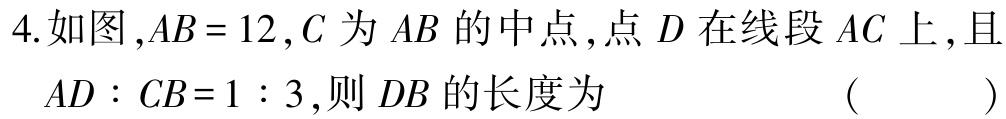
4.如图 ,$AB = 12$,$C$ 为 $AB$ 的中点 ,点 $D$ 在线段 $AC$ 上 ,且

$AD:CB = 1:3$,则 $DB$ 的长度为  （  ）